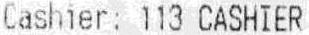
CASHIER: 113 CASHIER